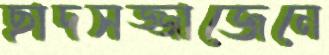
ছাদসজ্জাজেনে